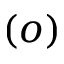
( o )